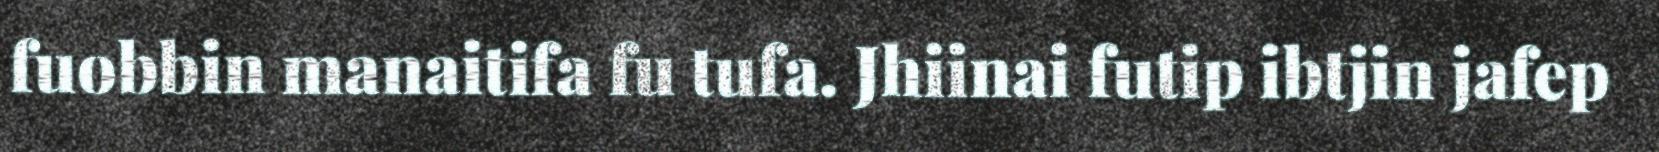
fuobbin manaitifa fu tufa. Jhiinai futip ibtjin jafep